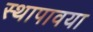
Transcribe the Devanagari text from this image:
स्थापावया